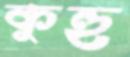
কুহু